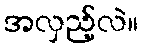
အလှည့်လဲ။